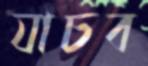
যাচব